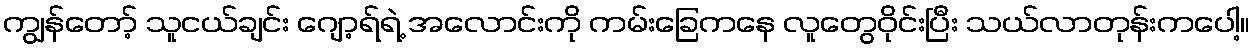
ကျွန်တော့် သူငယ်ချင်း ဂျော့ရ်ရဲ့ အလောင်းကို ကမ်းခြေကနေ လူတွေဝိုင်းပြီး သယ်လာတုန်းကပေါ့။